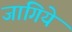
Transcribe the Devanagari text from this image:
जागिये